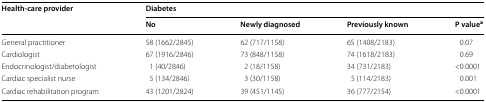
| <ROWSPAN=2> Health-care provider | <COLSPAN=4> Diabetes |
 | No | Newly diagnosed | Previously known | P valuea |
 | --- | --- | --- | --- | --- |
 | General practitioner | 58 (1662/2845) | 62 (717/1158) | 65 (1408/2183) | 0.07 |
 | Cardiologist | 67 (1916/2846) | 73 (848/1158) | 74 (1618/2183) | 0.69 |
 | Endocrinologist/diabetologist | 1 (40/2846) | 2 (18/1158) | 34 (731/2183) | <0.0001 |
 | Cardiac specialist nurse | 5 (134/2846) | 3 (30/1158) | 5 (114/2183) | 0.001 |
 | Cardiac rehabilitation program | 43 (1201/2824) | 39 (451/1145) | 36 (777/2154) | <0.0001 |